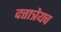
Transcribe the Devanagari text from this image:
दत्तात्रेयच